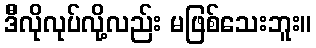
ဒီိလိုလုပ်လို့လည်း မဖြစ်သေးဘူး။